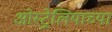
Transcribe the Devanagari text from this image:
ओस्ट्रेलियाच्या